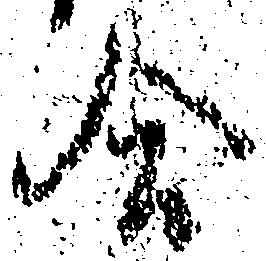
合